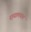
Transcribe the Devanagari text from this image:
नायालयात